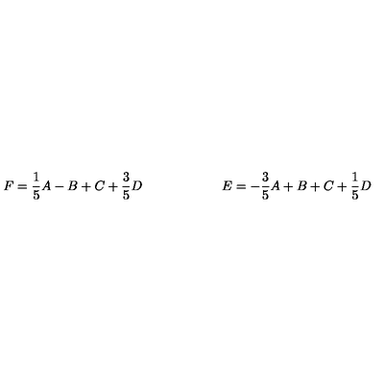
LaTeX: F = \frac { 1 } { 5 } A - B + C + \frac { 3 } { 5 } D \qquad \qquad \qquad E = - \frac { 3 } { 5 } A + B + C + \frac { 1 } { 5 } D